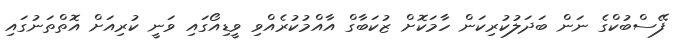
ފޭސްބުކްގެ ނަން ބަދަލުކުރިކަން ހާމަކޮށް ޒުކަބާގް އާއްމުކުރެއްވި ވީޑިއޯގައި ވަނީ ކުރިއަށް އޮތްތަނުގައި